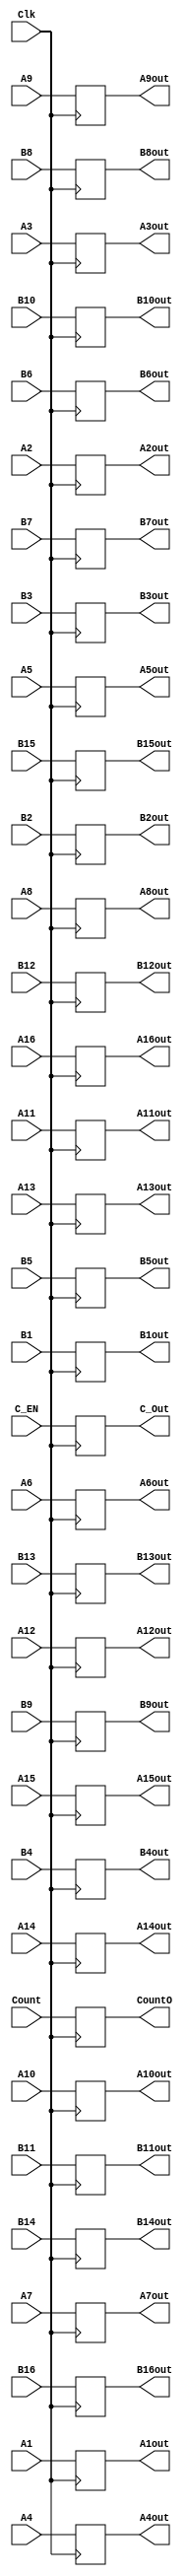
`timescale 1ns / 1ps
//////////////////////////////////////////////////////////////////////////////////
// Company: 
// Engineer: 
// 
// Design Name: 
// Module Name: R_EX
// Project Name: 
// Target Devices: 
// Tool Versions: 
// Description: 
// 
// Dependencies: 
// 
// Revision:
// Revision 0.01 - File Created
// Additional Comments:
// 
//////////////////////////////////////////////////////////////////////////////////


module R_EX(A1,B1,
            A2,B2,
            A3,B3,
            A4,B4,
            A5,B5,
            A6,B6,
            A7,B7,
            A8,B8,
            A9,B9,
            A10,B10,
            A11,B11,
            A12,B12,
            A13,B13,
            A14,B14,
            A15,B15,
            A16,B16,
            A1out,B1out,  
            A2out,B2out,  
            A3out,B3out,  
            A4out,B4out,  
            A5out,B5out,  
            A6out,B6out,  
            A7out,B7out,  
            A8out,B8out,  
            A9out,B9out,  
            A10out,B10out,
            A11out,B11out,
            A12out,B12out,
            A13out,B13out,
            A14out,B14out,
            A15out,B15out,
            A16out,B16out,
            Count,CountO,
            C_EN,C_Out,
            Clk
             );

            input C_EN;
           input Clk; 
           input[7:0] A1,B1;
           input[7:0] A2,B2;
           input[7:0] A3,B3;
           input[7:0] A4,B4;
           input[7:0] A5,B5;
           input[7:0] A6,B6;
           input[7:0] A7,B7;
           input[7:0] A8,B8;
           input[7:0] A9,B9;
           input[7:0] A10,B10;
           input[7:0] A11,B11;
           input[7:0] A12,B12;
           input[7:0] A13,B13;
           input[7:0] A14,B14;
           input[7:0] A15,B15;
           input[7:0] A16,B16;
           input [5:0] Count;
           output reg [5:0] CountO;
           output reg C_Out;
          output reg[7:0] A1out,B1out;
          output reg[7:0] A2out,B2out;
          output reg[7:0] A3out,B3out;
          output reg[7:0] A4out,B4out;
          output reg[7:0] A5out,B5out;
          output reg[7:0] A6out,B6out;
          output reg[7:0] A7out,B7out;
          output reg[7:0] A8out,B8out;
          output reg[7:0] A9out,B9out;
          output reg[7:0] A10out,B10out;
          output reg[7:0] A11out,B11out;
          output reg[7:0] A12out,B12out;
          output reg[7:0] A13out,B13out;
          output reg[7:0] A14out,B14out;
          output reg[7:0] A15out,B15out;
          output reg[7:0] A16out,B16out;
           initial begin
                     A1out <= 0;
                       B1out<=0;
                       A2out<=0;
                       B2out<=0;
                       A3out<=0;
                       B3out<=0;        
                       A4out<=0;
                       B4out<=0;
                       A5out<=0;
                       B5out<=0;
                       A6out<=0;
                       B6out<=0;
                       A7out<=0;
                       B7out<=0;
                       A8out<=0;
                       B8out<=0;
                       A9out<=0;
                       B9out<=0;
                      A10out<=0;
                      B10out<=0;
                      A11out<=0;
                      B11out<=0;
                      A12out<=0;
                      B12out<=0;
                      A13out<=0;
                      B13out<=0;
                      A14out<=0;
                      B14out<=0;
                      A15out<=0;
                      B15out<=0;
                      A16out<=0;
                      B16out<=0;
                      CountO <= 0;
                      C_Out <=0;
   
           end         
           always@(posedge Clk) begin
            A1out <= A1;
            B1out<=B1;  
            A2out<=A2;
            B2out<=B2;  
            A3out<=A3;
            B3out<=B3;          
            A4out<=A4;
            B4out<=B4;  
            A5out<=A5;
            B5out<=B5;  
            A6out<=A6;
            B6out<=B6;  
            A7out<=A7;
            B7out<=B7;  
            A8out<=A8;
            B8out<=B8;  
            A9out<=A9;
            B9out<=B9;  
           A10out<= A10;
           B10out<= B10;
           A11out<= A11;
           B11out<= B11;
           A12out<= A12;
           B12out<= B12;
           A13out<= A13;
           B13out<= B13;
           A14out<= A14;
           B14out<= B14;
           A15out<= A15;
           B15out<= B15;
           A16out<= A16;
           B16out<= B16;
           CountO <= Count;
           C_Out <= C_EN;
            end 
            
            endmodule